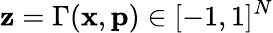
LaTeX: \mathbf{z}=\Gamma(\mathbf{x},\mathbf{p})\in[-1,1]^{N}